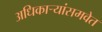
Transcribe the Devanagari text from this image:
अधिकार्‍यांसमवेत